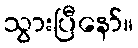
သွားပြီနော်။